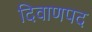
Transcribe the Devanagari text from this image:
दिवाणपद